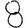
Digit: 8